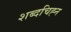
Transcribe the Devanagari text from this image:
शब्दचिह्न